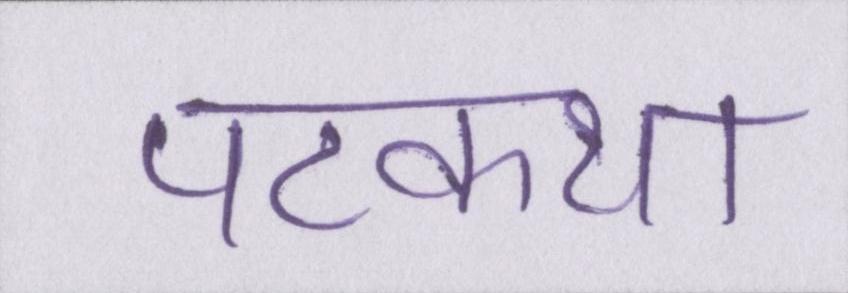
पटकथा